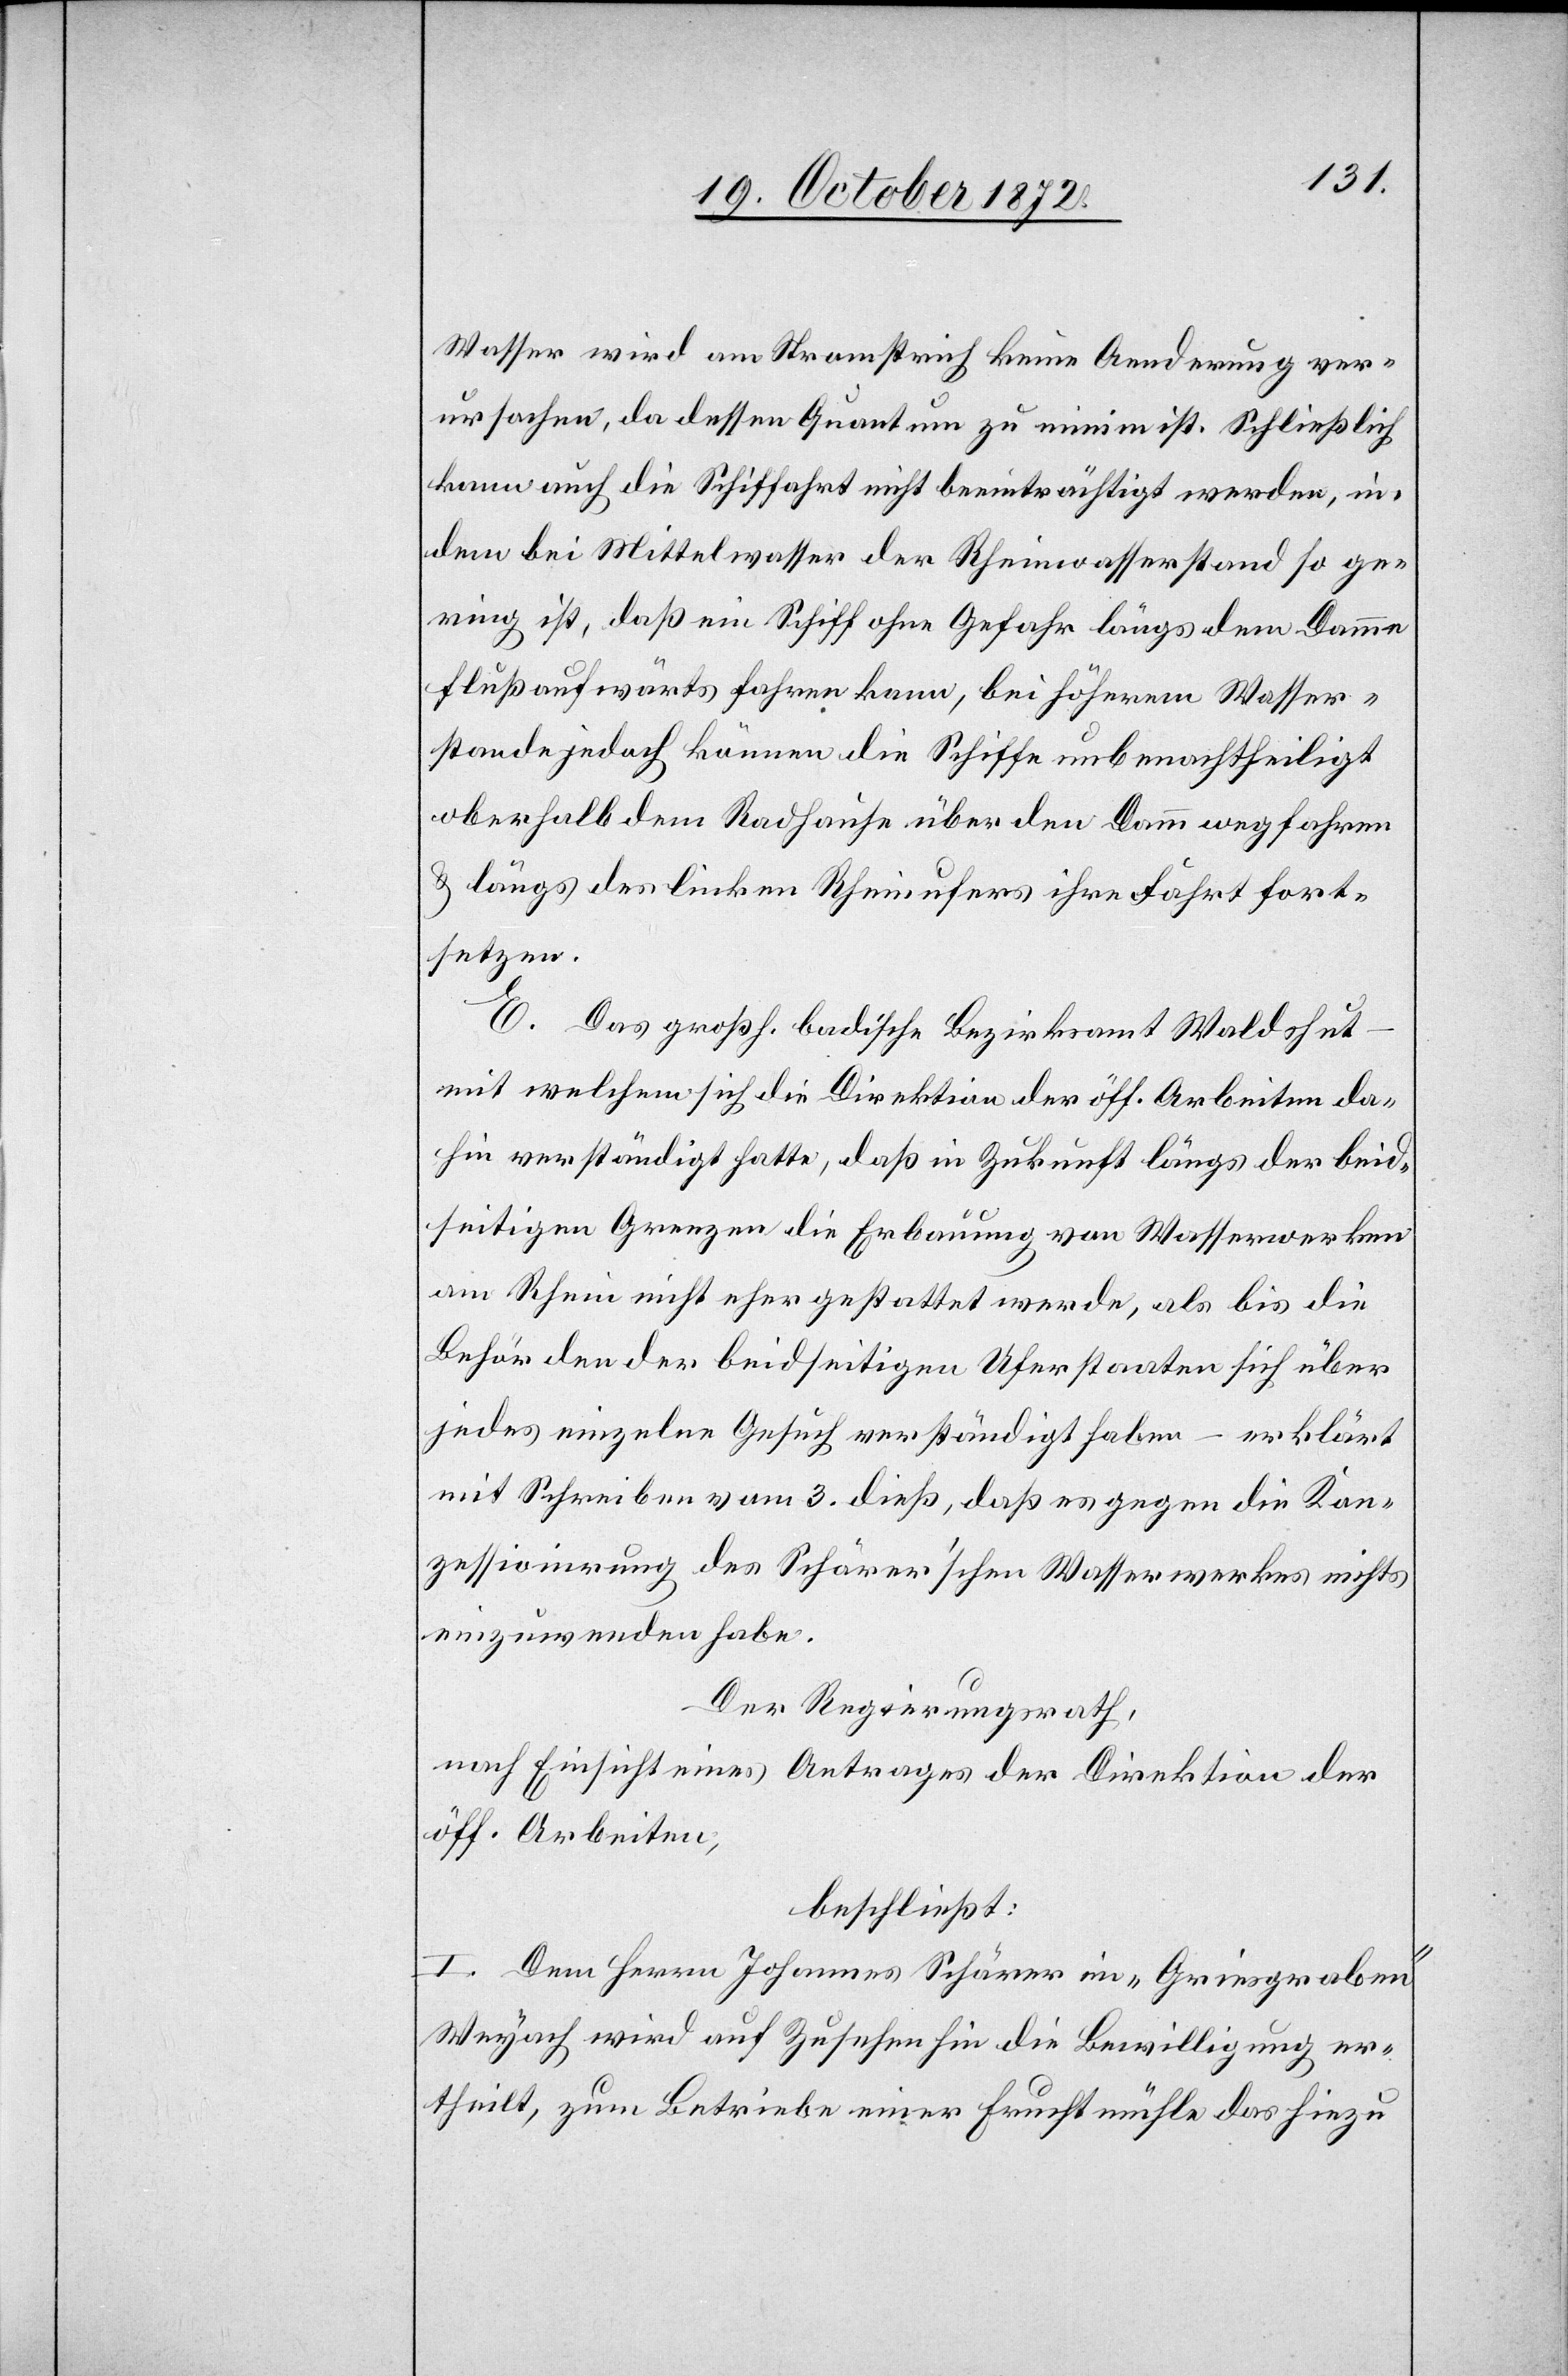
Wasser wird am Stromstrich keine Aenderung ver¬
ursachen, da dessen Quantum zu minim ist. Schließlich
kann auch die Schiffahrt nicht beeinträchtigt werden, in¬
dem bei Mittelwasser der Rheinwasserstand so ge¬
ring ist, daß ein Schiff ohne Gefahr längs dem Damme
flußaufwärts fahren kann, bei höherem Wasser¬
stande jedoch können die Schiffe unbenachtheiligt
oberhalb dem Radhause über den Damm wegfahren
u. längs des linken Rheinufers ihre Fahrt fort¬
setzen.
E. Das großh. badische Bezirksamt Waldshut
mit welchem sich die Direktion der öff. Arbeiten da¬
hin verständigt hatte, daß in Zukunft längs der beid¬
seitigen Grenzen die Erbauung von Wasserwerken
am Rhein nicht eher gestattet werde, als bis die
Behörden der beidseitigen Uferstaaten sich über
jedes einzelne Gesuch verständigt haben – erklärt
mit Schreiben vom 3. dieß, daß es gegen die Kon¬
zessionirung des Schärer’schen Wasserwerkes nichts
einzuwenden habe.
Der Regierungsrath,
nach Einsicht eines Antrages der Direktion der
öff. Arbeiten,
beschließt:
I. Dem Herrn Johannes Schärer im „Griesgraben“
Weyach wird auf Zusehen hin die Bewilligung er¬
theilt, zum Betriebe einer Fruchtmühle das hiezu